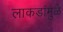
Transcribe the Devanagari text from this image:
लाकडांमुळे